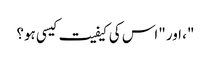
"، اور "اس کی کیفیت کیسی ہو؟